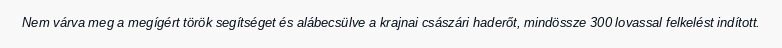
Nem várva meg a megígért török segítséget és alábecsülve a krajnai császári haderőt, mindössze 300 lovassal felkelést indított.